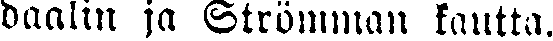
daalin ja Strömman kautta.